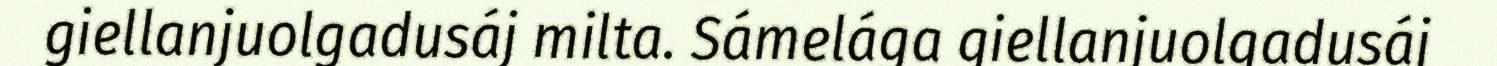
giellanjuolgadusáj milta. Sámelága giellanjuolgadusáj